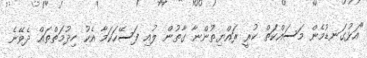
"އަޅުގަނޑުމެން މަސައްކަތް ކުރީ ރައްޔިތުންނާ ގާތުން ލުއި ފަސޭހަކަމާ އެކު ހިދުމަތްތައް ދެވޭނެ